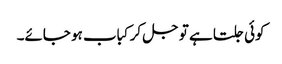
کوئی جلتا ہے تو جل کر کباب ہو جائے۔